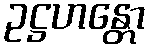
ဥဋ္ဌဟန္တော